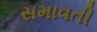
સમાવતી